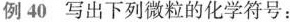
例40写出下列微粒的化学符号：